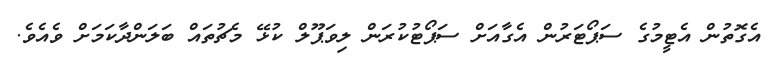
އެގޮތުން އެޓީމުގެ ސަޕޯޓަރުން އެގާއަށް ސަޕޯޓުކުރަން ލިވަޕޫލް ކުޅޭ މެޗުތައް ބަލަންދާކަމަށް ވެއެވެ.